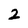
Character: 2